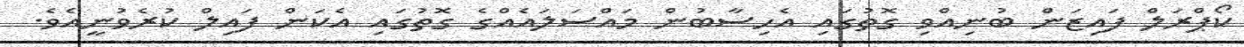
ކޯޕްރަލް ފައިޒަން ބުނިއްވި ގޮތުގައި އެހިސާބުން މައްސަލައެއްގެ ގޮތުގައި އެކަން ފައިލް ކުރެވުނީއެވެ.